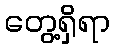
တွေ့ရှိရာ